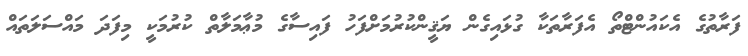
ފަރާތުގެ އެކައުންޓްތޯ އެފަރާތަކާ ގުޅައިގެން ޔަޤީންކުރުމަށްފަހު ފައިސާގެ މުޢާމަލާތް ކުރުމަކީ މިފަދަ މައްސަލަތައް